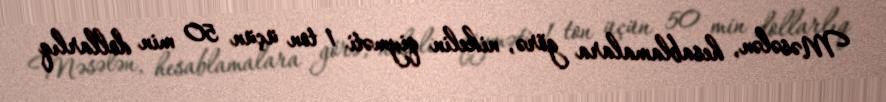
Məsələn, hesablamalara görə, nikelin qiyməti 1 ton üçün 50 min dollarlıq